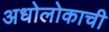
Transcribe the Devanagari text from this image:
अधोलोकाची